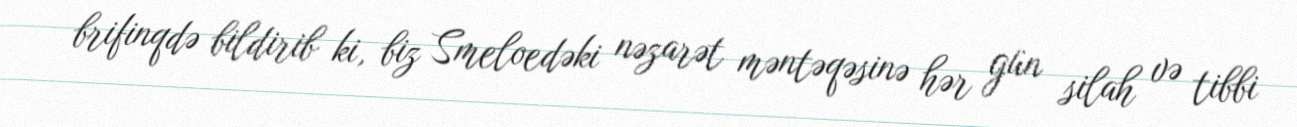
brifinqdə bildirib ki, biz Smeloedəki nəzarət məntəqəsinə hər gün silah və tibbi